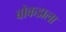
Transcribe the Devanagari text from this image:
बोकडाला